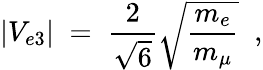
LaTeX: |V_{e3}|\; =\; \frac{2}{\sqrt{6}}\sqrt{\frac{m_{e}}{m_{\mu}}}\; \; ,